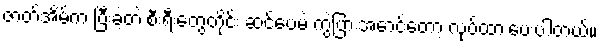
ဇာတ်အိမ်က ပြီးခဲ့တဲ့ စီးရီးတွေတိုင်း ဆင်ပေမဲ့ ကွဲပြားအောင်တော့ လုပ်ထားပေးပါတယ်။